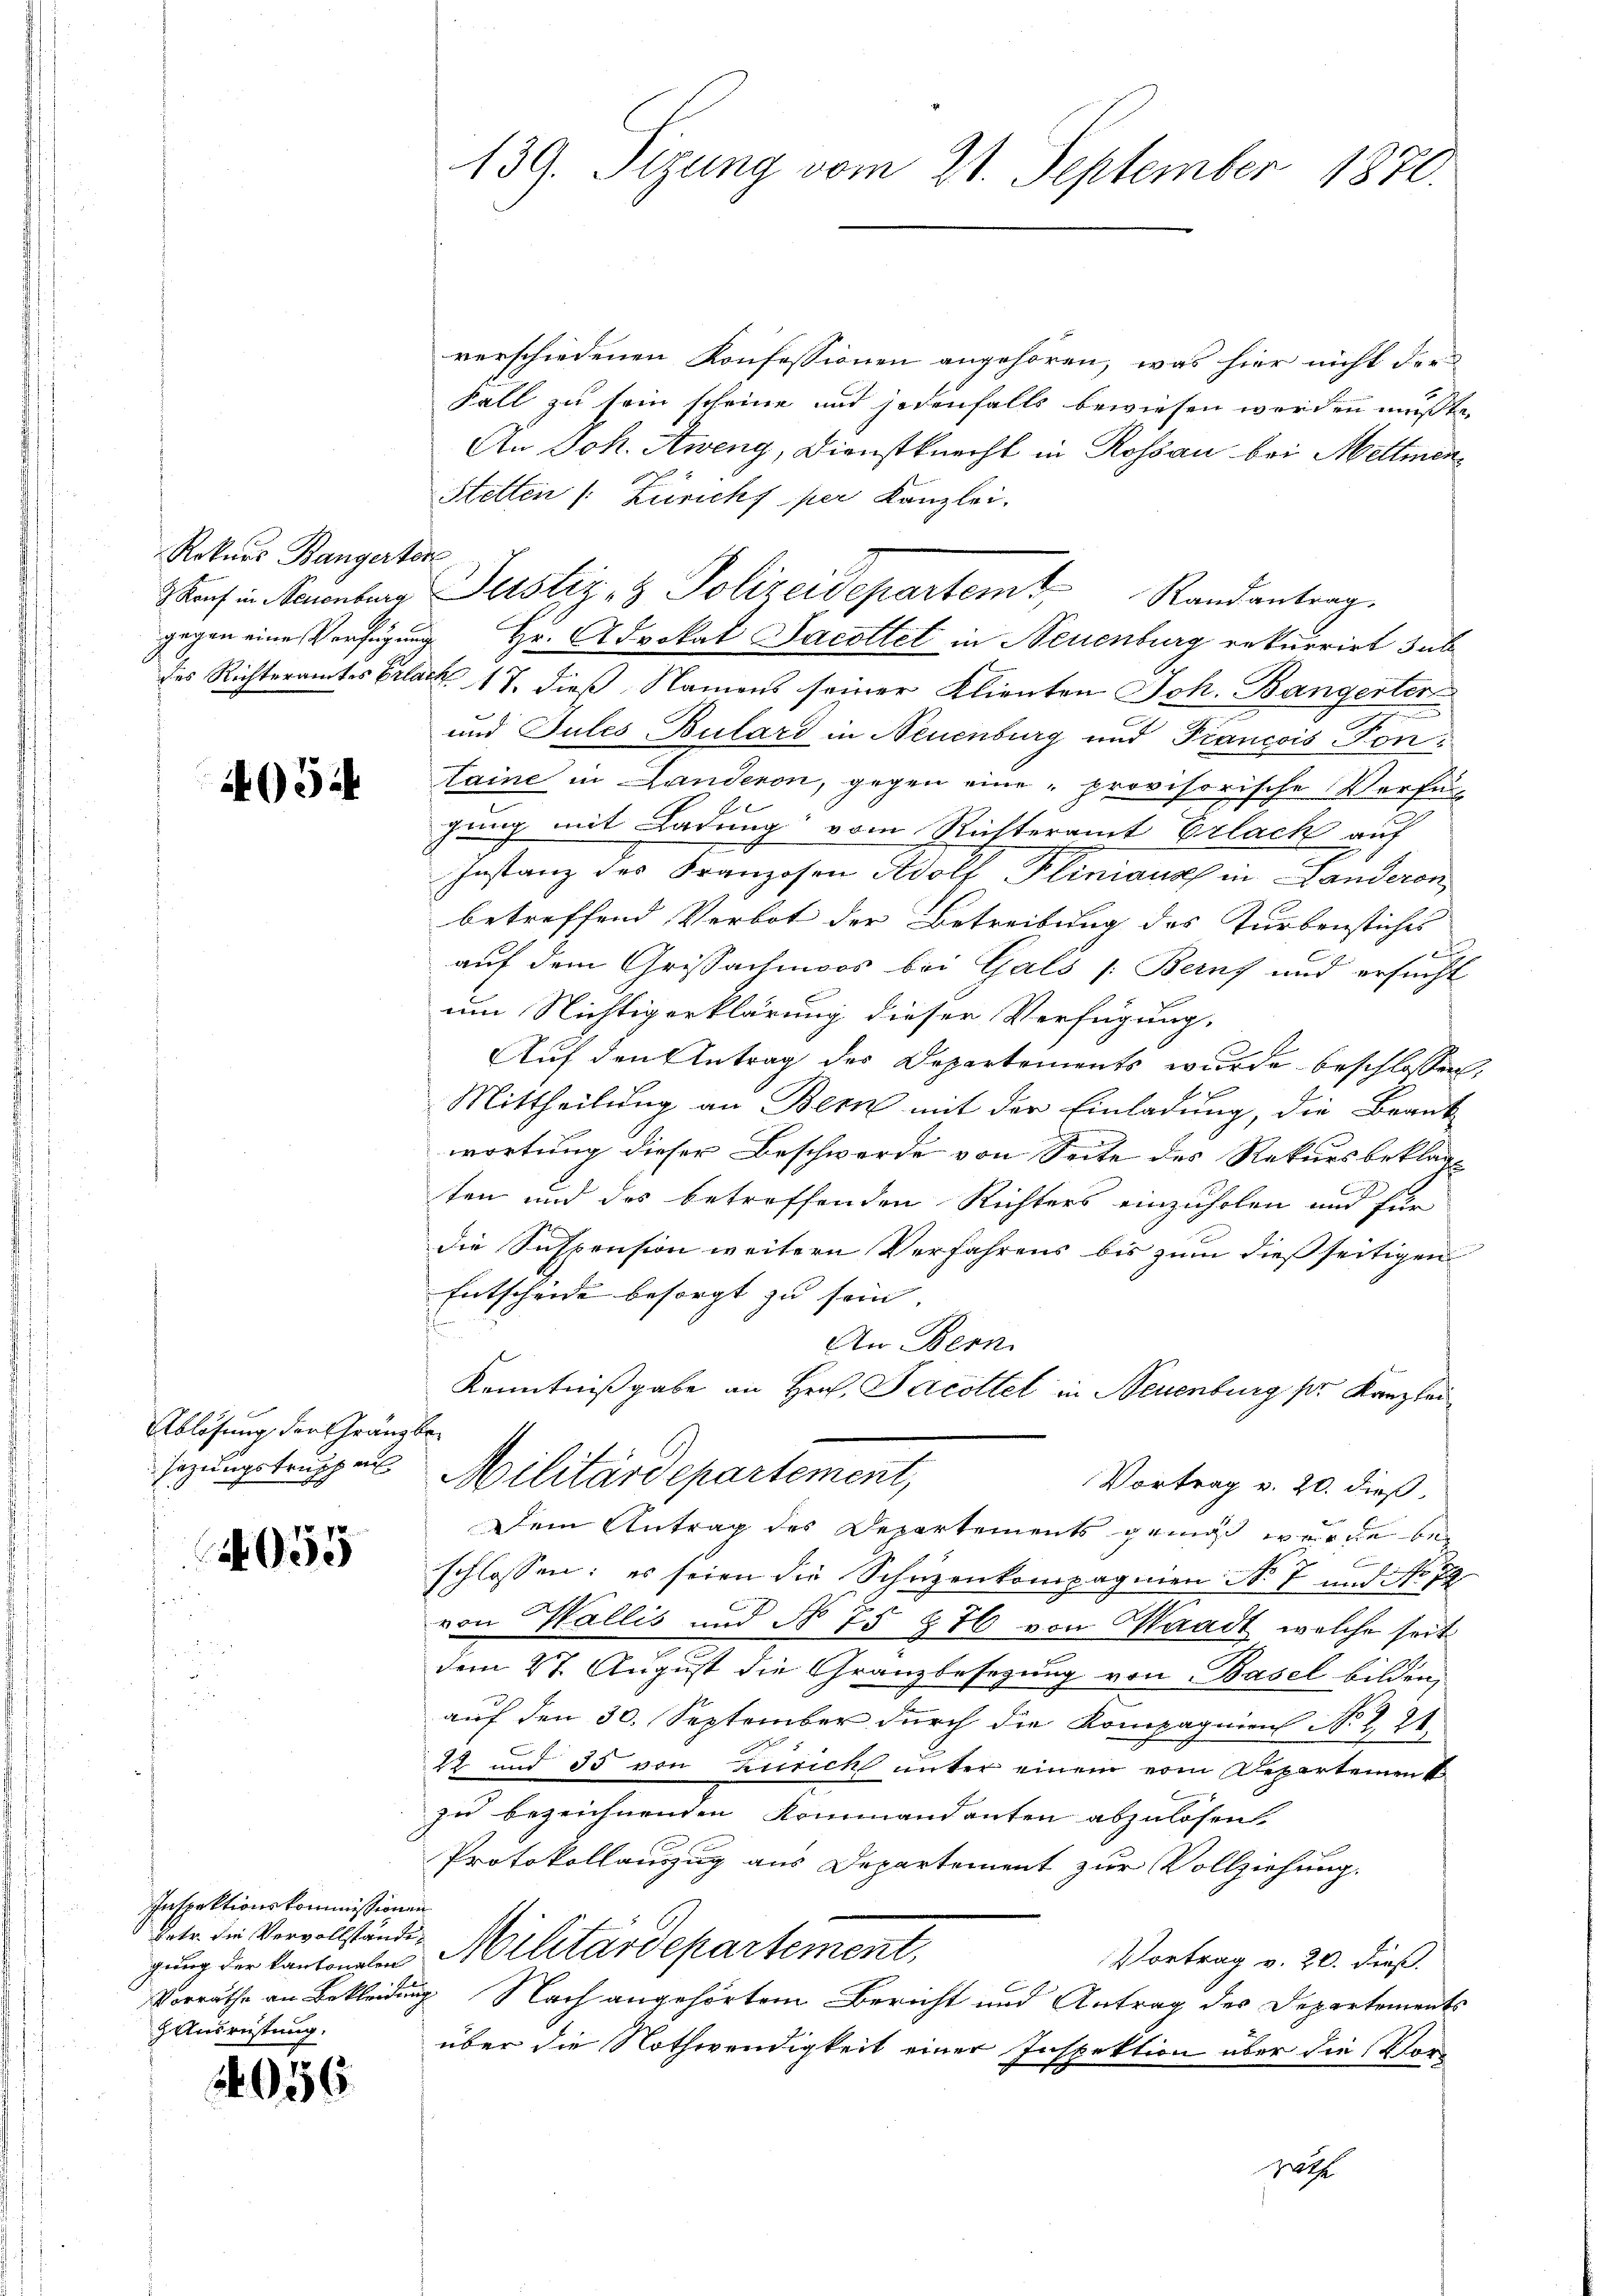
Rekurs Bangerten

405.

Ablösung der Gränzbesezungstruppen

055

Intrektionskommissionen
Vatr. die Vervollständi¬
Ausrüstung.

056

139. Sizung vom 21. September 1870.

verschiedenen Konfessionen angehören, was hier nicht der
Fall zu sein scheine und jedenfalls bewiesen worden mußte,
An Joh. Aweng, Dienstknecht in Rossau bei Mettmen¬
Stetten (Züricht per Kanzlei.
Kauf in Neuenburg Justiz & Polizeidepartem Randantrag.
gegen eine Verfügung Hr. Advokat Jacottet in Neuenburg rekurrirt sub
des Richteramtes Erlack 17. dieß Namens seiner Klienten Joh. Bangerten
und Tules Bulard in Neuenburg und Prancois Pontaine in Landeron, gegen eine „provisorische Verfülgung mit Ladung vom Richteramt Erlack auf
Instanz des Franzosen Adolf Pliniauch in Landeren
betreffend Verbot der Betreibung des Turbenstiches
auf dem Crissachmoos bei Gals [Berns und ersucht
um Nichtigerklärung dieser Verfügung,
Auf den Antrag des Departements wurde beschlossen,
Mittheilung an Bern mit der Einladung, die Beant
wortung dieser Beschwerde von Seite des Rekursbeklage
2
ten und des betreffenden Richters einzuholen und für
die Suspension weitern Verfahrens bis zum dießseitigen
Entscheide besorgt zu sein. |
.
An Bern
Kenntnißgabe an Hrn. Jacottel in Neuenburg pr. Kanzlei
Militärdepartement,
Vortrag v. 20. dieß,
Dem Antrag des Departements gemäß werde beschlossen: es seien die Schüzenkompagnien No 7 und No 7
von Wallis und No 75 876 von Waadt, welche seit
dem 27. August die Granzbesetzung von Basel bilden,
auf den 30. September durch die Kompagnien N. Z. 21
22 und 35 von Zürich unter einem vom Departement
zu bezeichnenden Kommandenten abzulösen.
Protokollauszug aus Departement zur Vollziehung.
gung der kantonalen Militärdepartement,
Vortrag v. 20. dieß.
C
x
Vorräthe an Bekleidung Nach angehörtem Bericht und Antrag des Departements
über die Nothwendigkeit einer Inspektion über die Verpath